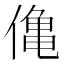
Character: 𫣒